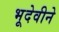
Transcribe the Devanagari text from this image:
भूदेवीने